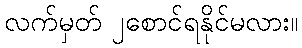
လက်မှတ် ၂စောင်ရနိုင်မလား။